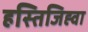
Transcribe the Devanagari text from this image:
हस्तिजिह्वा